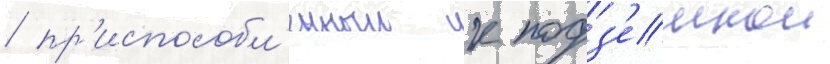
/ пр'испособл'енныи к подз'емнои